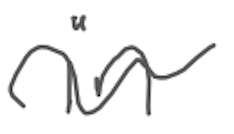
Text: in
Cross-out: wave
Writing tool: digital_gray